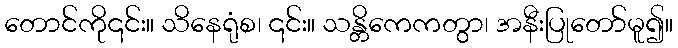
တောင်ကို၎င်း။ သိနေရုံစ၊ ၎င်း။ သန္တိကေကတွာ၊ အနီးပြုတော်မူ၍။